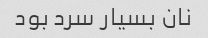
نان بسیار سرد بود